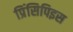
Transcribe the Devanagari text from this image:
प्रिंसिपिइस